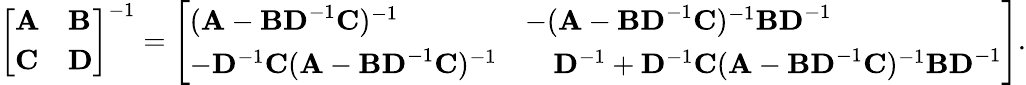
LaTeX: {\left[\begin{array}{ll}{\mathbf{A}}&{\mathbf{B}}\\ {\mathbf{C}}&{\mathbf{D}}\end{array}\right]}^{-1}={\left[\begin{array}{ll}{(\mathbf{A}-\mathbf{BD}^{-1}\mathbf{C})^{-1}}&{-(\mathbf{A}-\mathbf{BD}^{-1}\mathbf{C})^{-1}\mathbf{BD}^{-1}}\\ {-\mathbf{D}^{-1}\mathbf{C}(\mathbf{A}-\mathbf{BD}^{-1}\mathbf{C})^{-1}}&{\quad\mathbf{D}^{-1}+\mathbf{D}^{-1}\mathbf{C}(\mathbf{A}-\mathbf{BD}^{-1}\mathbf{C})^{-1}\mathbf{BD}^{-1}}\end{array}\right]}.